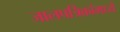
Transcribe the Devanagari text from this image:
जालपत्रिकांमध्ये